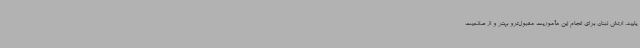
یابید. ارتش لبنان برای انجام این مأموریت مقبول‌ترو بهتر و از صلاحیت